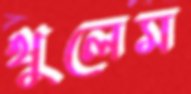
থুলেম